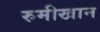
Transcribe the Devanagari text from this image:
रुमीखान